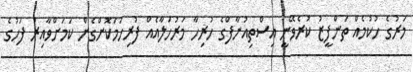
މަރުގެ ހުކުމެއް ތަންފީޒު ކުރެވޭނީ އިސްތިއުނާފްގެ ހުރިހާ މަރުހަލާއެއް ފުރިހަމަކޮށްގެން ކަމަށްވާއިރު ފަހުގެ